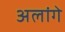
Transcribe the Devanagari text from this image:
अलांगे